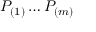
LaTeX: P _ { ( 1 ) } \ldots P _ { ( m ) }